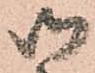
御